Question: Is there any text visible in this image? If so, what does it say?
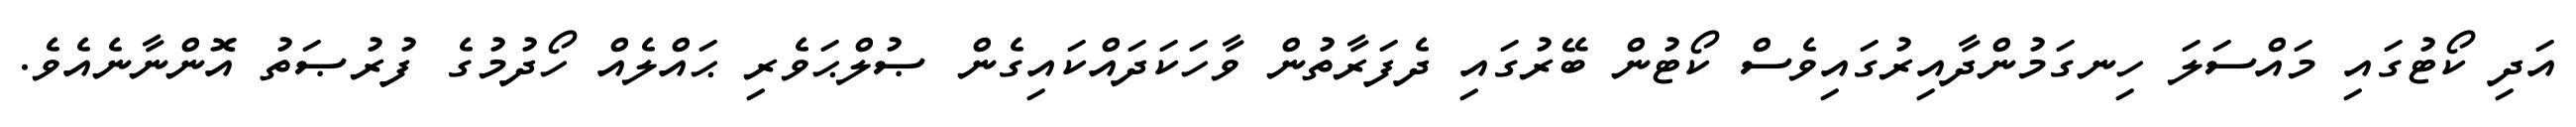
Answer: އަދި ކޯޓުގައި މައްސަލަ ހިނގަމުންދާއިރުގައިވެސް ކޯޓުން ބޭރުގައި ދެފަރާތުން ވާހަކަދައްކައިގެން ޞުލްޙަވެރި ޙައްލެއް ހޯދުމުގެ ފުރުޞަތު އޮންނާނެއެވެ.